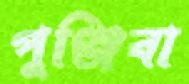
পুঞ্জিবা